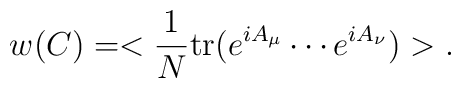
w(C) = <\frac{1}{N} {\rm tr} (e^{i A_\mu} \cdots e^{i A_\nu}) >.